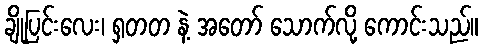
ချိုပြင်းလေး၊ ရှတတ နဲ့ အတော် သောက်လို့ ကောင်းသည်။